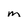
Character: M